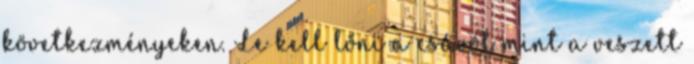
következményeken. Le kell lőni a csávót mint a veszett